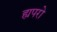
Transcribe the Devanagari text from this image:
ह्यपरो